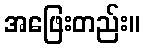
အဖြေးတည်း။